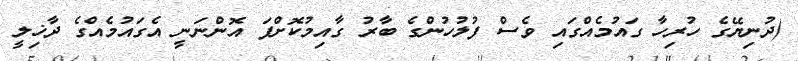
(ދުނިޔޭގެ ހުރިހާ ގައުމެއްގައި ވެސް ފުލުހުންގެ ބާރު ގާއިމުކޮށްފަ އޮންނަނީ އެގައުމެއްގެ ދާޚިލީ